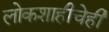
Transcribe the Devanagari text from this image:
लोकशाहीचेही